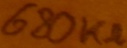
Text: 680KΩ